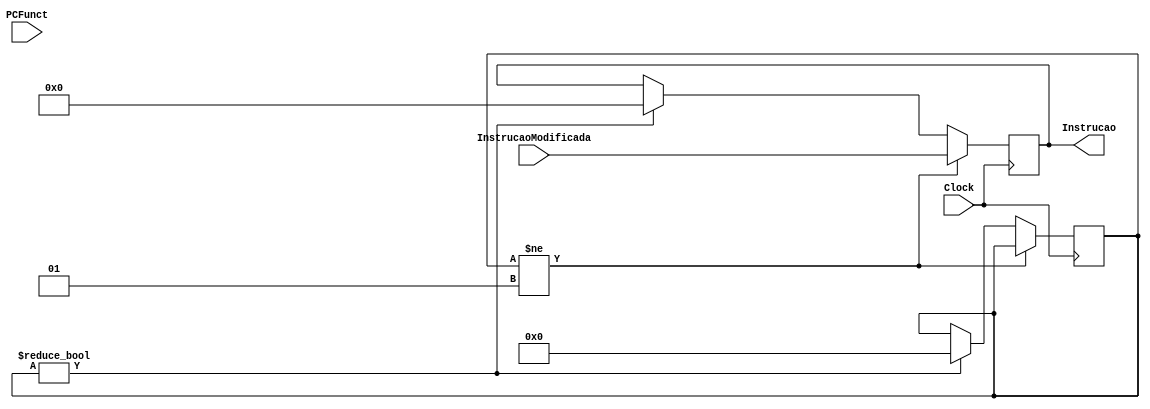
module PCVersion2 (
	input wire Clock, PCFunct,
	input wire [10:0] InstrucaoModificada,
	output wire [10:0] Instrucao

);

	reg [10:0] InstrucaoAtual;
	integer primeiro = 1;
	
	initial begin
		/*
			Iniciar o PC com o valor 0 decimal
			(Primeira instruo)
		*/
		InstrucaoAtual = 11'd0;
	
	end
	
	always @(posedge Clock) 
	begin	
		if (primeiro != 1) begin
			InstrucaoAtual = InstrucaoModificada;	
		end
		else if(primeiro) begin
			primeiro = 0;	
			InstrucaoAtual = 11'd0;
		end
	
	end
	
	// Envia o valor para a memria de instruo
	assign Instrucao = InstrucaoAtual; 

endmodule